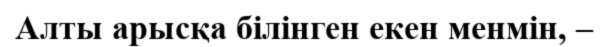
Алты арысқа білінген екен менмін, –